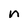
Character: n